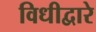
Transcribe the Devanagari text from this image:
विधीद्वारे